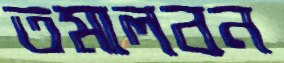
তমালবন